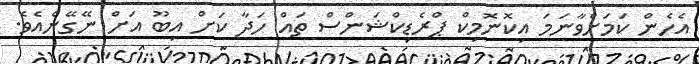
އެހެން ކަމަށްވާނަމަ އިކޮނޮމިކް ޕްރެޑިކްޝަންސް ތައް ހަދާ ކަށް އިބޫ އަށް ނޭގޭނެއެވެ.